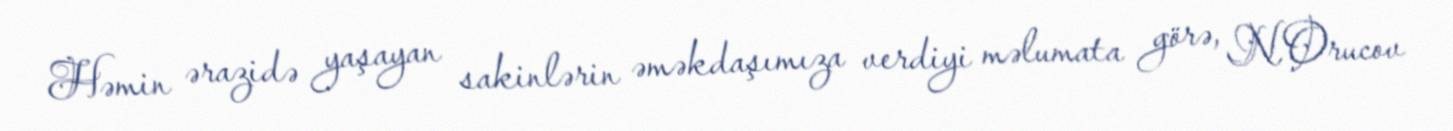
Həmin ərazidə yaşayan sakinlərin əməkdaşımıza verdiyi məlumata görə, N.Orucov